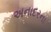
અનાદરના